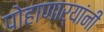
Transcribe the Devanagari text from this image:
पोहाणार्यांनी